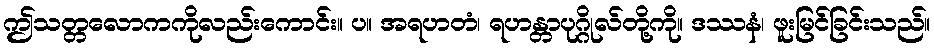
ဤသတ္တလောကကိုလည်းကောင်း။ ပ။ အရဟတံ၊ ရဟန္တာပုဂ္ဂိုလ်တို့ကို။ ဒဿနံ၊ ဖူးမြင်ခြင်းသည်။